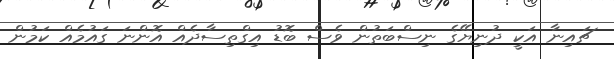
ޗައިނާ އަކީ ދުނިޔޭގެ ނިސްބަތުން ވެސް ބޮޑު އިގްތިސާދެއް އޮންނަ ގައުމެއް ކަމުން